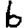
Digit: 6